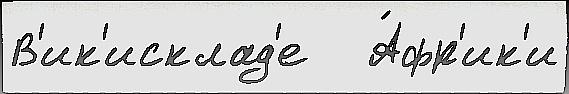
В'ик'исклад'е   А́фр'ик'и